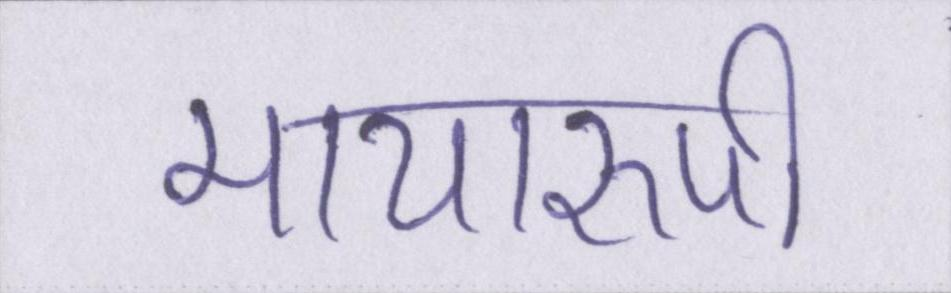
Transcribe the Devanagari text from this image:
मायारुपी